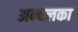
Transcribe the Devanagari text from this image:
अन्चलका